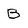
Character: B